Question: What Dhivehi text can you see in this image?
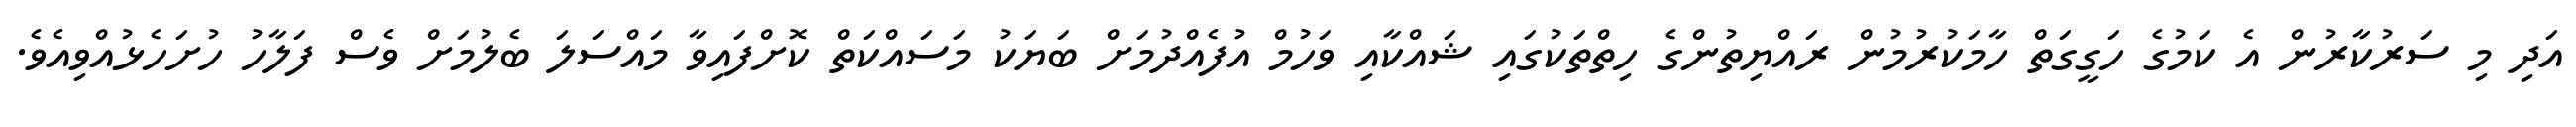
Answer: އަދި މި ސަރުކާރުން އެ ކަމުގެ ހަގީގަތް ހާމަކުރުމުން ރައްޔިތުންގެ ހިތްތަކުގައި ޝައްކާއި ވަހުމް އުފެއްދުމަށް ބަޔަކު މަސައްކަތް ކޮށްފައިވާ މައްސަލަ ބެލުމަށް ވެސް ފަލާހު ހުށަހެޅުއްވިއެވެ.